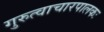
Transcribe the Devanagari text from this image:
गुरुत्वाचारपालकः